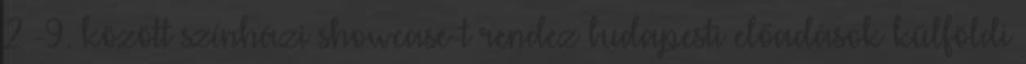
2 -9. között színházi showcase-t rendez budapesti előadások külföldi